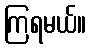
ကြရမယ်။